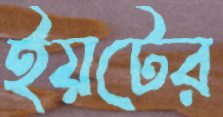
ইয়টের